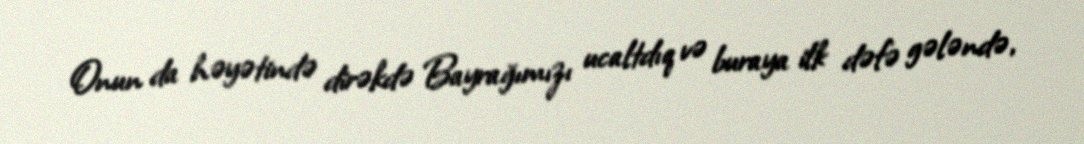
Onun da həyətində dirəkdə Bayrağımızı ucaltdıq və buraya ilk dəfə gələndə,